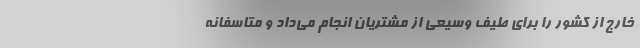
خارج از کشور را برای طیف وسیعی از مشتریان انجام می‌داد و متاسفانه